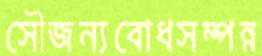
সৌজন্যবোধসম্পন্ন